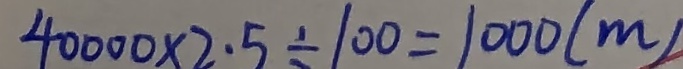
4 0 0 0 0 \times 2 . 5 \div 1 0 0 = 1 0 0 0 ( m )